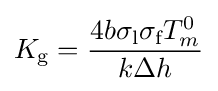
K_{\text{g}}={4b\sigma _{\text{l}}\sigma _{\text{f}}T_{m}^{0} \over k\Delta h}